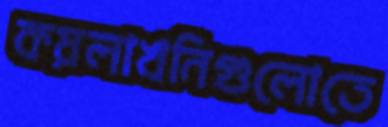
কয়লাখনিগুলোতে